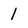
Character: 1